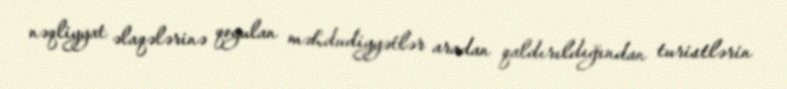
nəqliyyat əlaqələrinə qoyulan məhdudiyyətlər aradan qaldırıldığından turistlərin